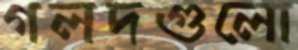
গলদগুলো